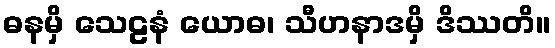
ဓနမှိ သေဠနံ ယောဓ၊ သီဟနာဒမှိ ဒိဿတိ။